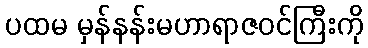
ပထမ မှန်နန်းမဟာရာဇဝင်ကြီးကို